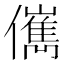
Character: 㒞